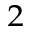
_ 2